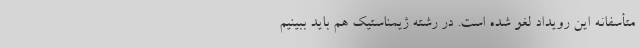
متأسفانه این رویداد لغو شده است. در رشته ژیمناستیک هم باید ببینیم